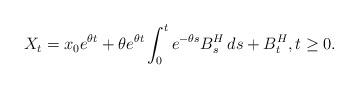
LaTeX: \begin{align*}X_t=x_0e^{\theta t}+\theta e^{\theta t}\int_0^t e^{-\theta s}B^H_s\,ds+B^H_t,t\ge0.\end{align*}